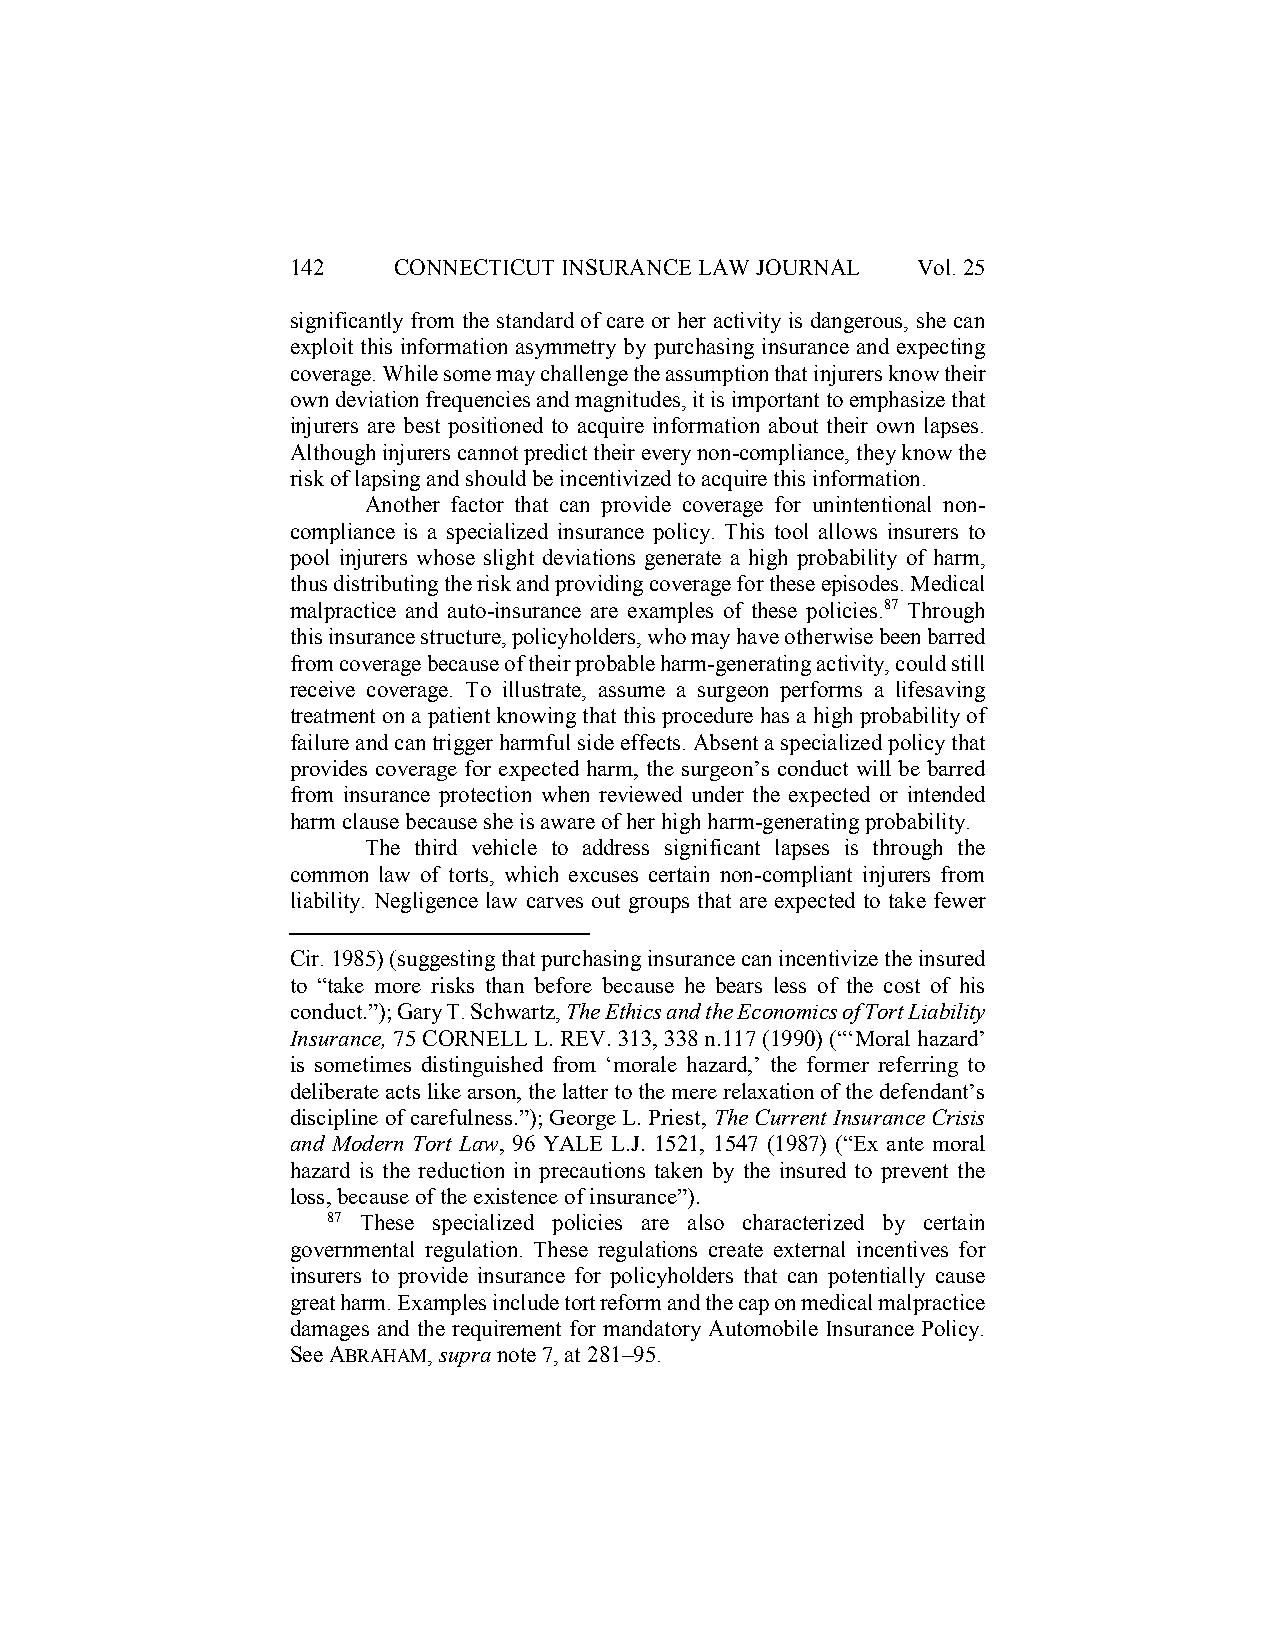
142    CONNECTICUT INSURANCE LAW JOURNAL  Vol. 25
 significantly from the standard of care or her activity is dangerous, she can
 exploit this information asymmetry by purchasing insurance and expecting
 coverage. While some may challenge the assumption that injurers know their
 own deviation frequencies and magnitudes, it is important to emphasize that
 injurers are best positioned to acquire information about their own lapses.
 Although injurers cannot predict their every non-compliance, they know the
 risk of lapsing and should be incentivized to acquire this information.
 Another factor that can provide coverage for unintentional non-
 compliance is a specialized insurance policy. This tool allows insurers to
 pool injurers whose slight deviations generate a high probability of harm,
 thus distributing the risk and providing coverage for these episodes. Medical
 malpractice and auto-insurance are examples of these policies.87 Through
 this insurance structure, policyholders, who may have otherwise been barred
 from coverage because of their probable harm-generating activity, could still
 receive coverage. To illustrate, assume a surgeon performs a lifesaving
 treatment on a patient knowing that this procedure has a high probability of
 failure and can trigger harmful side effects. Absent a specialized policy that
 provides coverage for expected harm, the surgeon’s conduct will be barred
 from insurance protection when reviewed under the expected or intended
 harm clause because she is aware of her high harm-generating probability.
 The third vehicle to address significant lapses is through the
 common law of torts, which excuses certain non-compliant injurers from
 liability. Negligence law carves out groups that are expected to take fewer
 Cir. 1985) (suggesting that purchasing insurance can incentivize the insured
 to “take more risks than before because he bears less of the cost of his
 conduct.”); Gary T. Schwartz, The Ethics and the Economics of Tort Liability
 Insurance, 75 CORNELL L. REV. 313, 338 n.117 (1990) (“‘Moral hazard’
 is sometimes distinguished from ‘morale hazard,’ the former referring to
 deliberate acts like arson, the latter to the mere relaxation of the defendant’s
 discipline of carefulness.”); George L. Priest, The Current Insurance Crisis
 and Modern Tort Law, 96 YALE L.J. 1521, 1547 (1987) (“Ex ante moral
 hazard is the reduction in precautions taken by the insured to prevent the
 loss, because of the existence of insurance”).
 87 These specialized policies are also characterized by certain
 governmental regulation. These regulations create external incentives for
 insurers to provide insurance for policyholders that can potentially cause
 great harm. Examples include tort reform and the cap on medical malpractice
 damages and the requirement for mandatory Automobile Insurance Policy.
 See ABRAHAM, supra note 7, at 281–95.